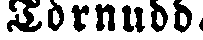
Törnudd.